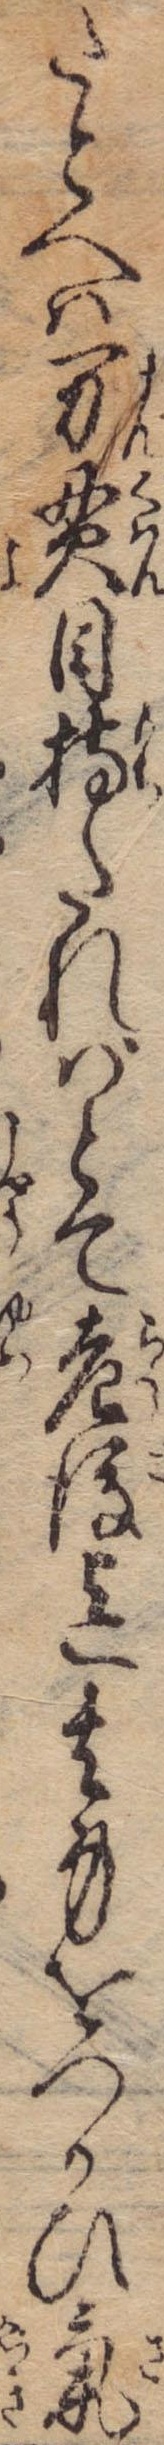
たとへば万貫目持たればとて老後迄其身をつかひ気